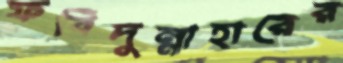
ফরিদুন্নাহারের